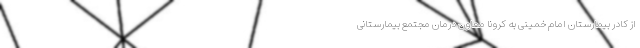
از کادر بیمارستان امام خمینی به کرونا معاون درمان مجتمع بیمارستانی